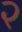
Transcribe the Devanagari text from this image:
२